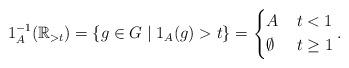
LaTeX: \begin{align*} 1_A^{-1} ( \mathbb{R}_{> t}) = \{ g \in G \mid 1_A (g) > t \} = \left\{ \begin{aligned} & A & & \; t < 1 \\ & \emptyset & & \; t \geq 1 \end{aligned} \right. . \end{align*}